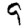
Digit: 9